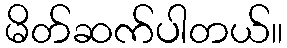
မိတ်ဆက်ပါတယ်။